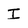
Character: I